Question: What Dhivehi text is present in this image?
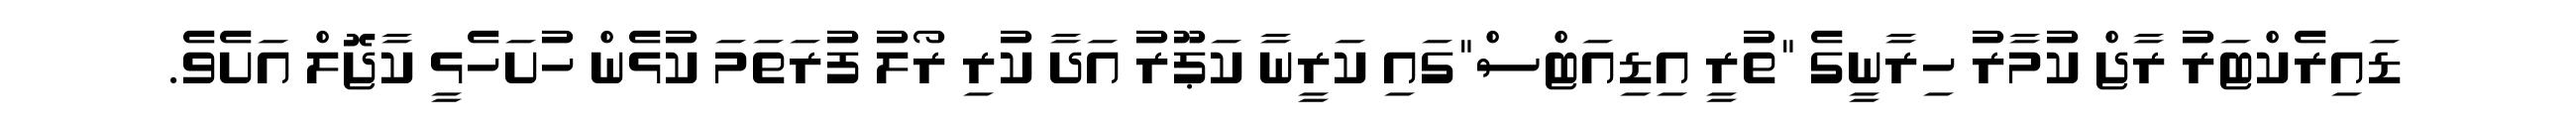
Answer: ޑައިރެކްޓަރު ރާޖް ކުމާރު ހިރާނީގެ "ތުރީ އިޑިއަޓްސް"ގައި ކަރީނާ ކަޕޫރު އަދާ ކުރި ރޯލު ފުރަތަމަ ކުޅެން ހުށަހެޅީ ކާޖޮލް އަށެވެ.